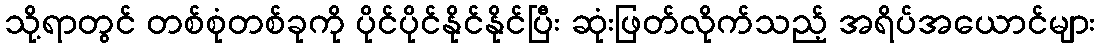
သို့ရာတွင် တစ်စုံတစ်ခုကို ပိုင်ပိုင်နိုင်နိုင်ပြီး ဆုံးဖြတ်လိုက်သည့် အရိပ်အယောင်များ